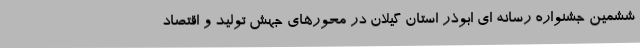
ششمین جشنواره رسانه ای ابوذر استان گیلان در محورهای جهش تولید و اقتصاد